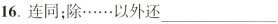
16.连同；除……以外还___